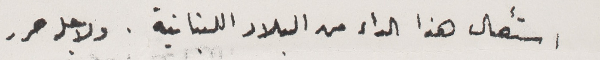
استئصال هذا الداء من البلاد اللبنانية. ولاجله حرر